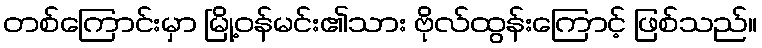
တစ်ကြောင်းမှာ မြို့ဝန်မင်း၏သား ဗိုလ်ထွန်းကြောင့် ဖြစ်သည်။